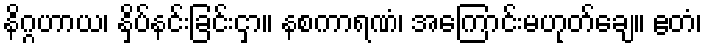
နိဂ္ဂဟာယ၊ နှိပ်နင်းခြင်းငှာ။ နစကာရဏံ၊ အကြောင်းမဟုတ်ချေ။ ဧတံ၊